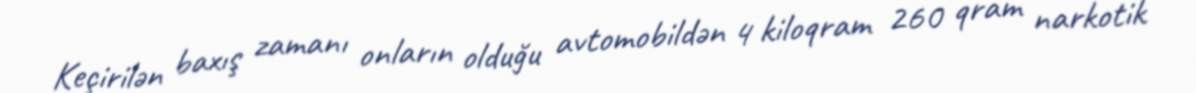
Keçirilən baxış zamanı onların olduğu avtomobildən 4 kiloqram 260 qram narkotik